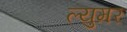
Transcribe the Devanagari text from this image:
ल्युमर